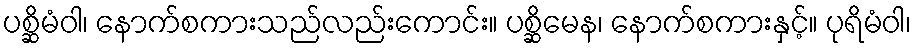
ပစ္ဆိမံဝါ၊ နောက်စကားသည်လည်းကောင်း။ ပစ္ဆိမေန၊ နောက်စကားနှင့်။ ပုရိမံဝါ၊